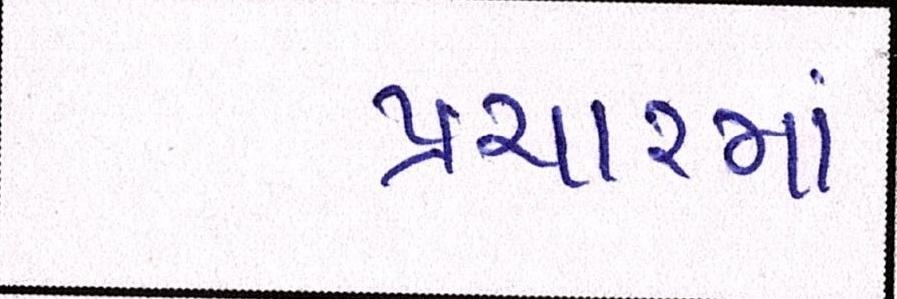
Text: પ્રચારમાં